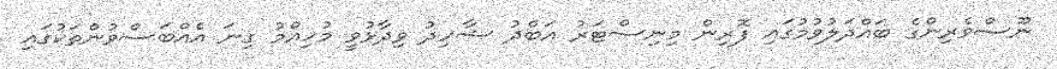
ނޫސްވެރިންގެ ބައްދަލުވުމުގައި ފޮރިން މިނިސްޓަރު އަބްދު ޝާހިދު ވިދާޅުވީ މުހިއްމު ގިނަ އެއްބަސްވުންތަކުގައި